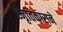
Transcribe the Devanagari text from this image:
स्मृतिकाराने